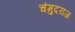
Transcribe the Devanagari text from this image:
चंमुदराज